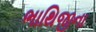
ભાથિજીના